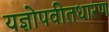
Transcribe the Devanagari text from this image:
यज्ञोपवीतधारण